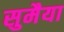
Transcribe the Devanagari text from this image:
सुमैया